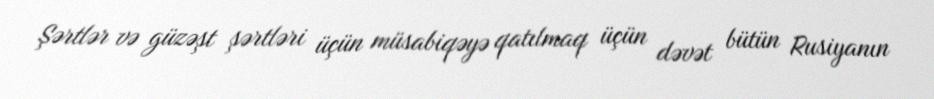
Şərtlər və güzəşt şərtləri üçün müsabiqəyə qatılmaq üçün dəvət bütün Rusiyanın